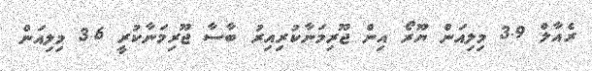
ރެއާލް 3.9 މިލިއަން ޔޫރޯ އިން ޖޫރިމަނާކުރިއިރު ބާސާ ޖޫރިމަނާކުރީ 3.6 މިލިއަން